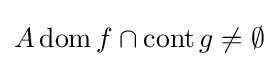
A\operatorname {dom} f\cap \operatorname {cont} g\neq \emptyset